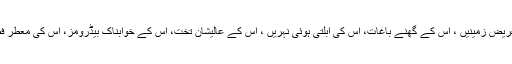
یہ خدا کی طرف سے ڈسکاؤنٹ پر سیل کا اعلان ہے جس میں جنت کی وسیع و عریض زمینیں ، اس کے گھنے باغات، اس کی ابلتی ہوئی نہریں ، اس کے عالیشان تخت، اس کے خوابناک بیڈرومز، اس کی معطر فضائیں اور نہ جانے کیا کیا کچھ انتہائی کم قیمت پر اس ماہ میں دستیاب ہوتا ہے ۔